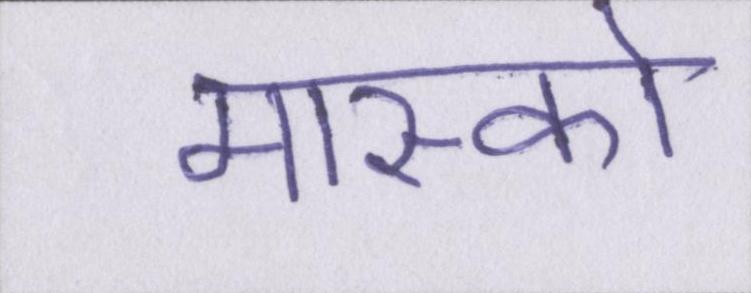
मास्को